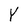
Character: Y